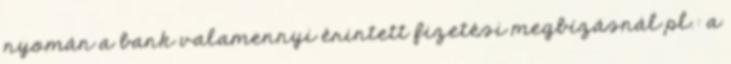
nyomán a bank valamennyi érintett fizetési megbízásnál pl.: a